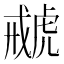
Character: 𧇑